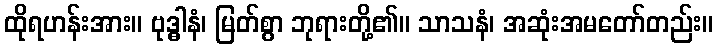
ထိုရဟန်းအား။ ဗုဒ္ဓါနံ၊ မြတ်စွာ ဘုရားတို့၏။ သာသနံ၊ အဆုံးအမတော်တည်း။